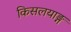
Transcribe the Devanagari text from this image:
किसलयाङ्ग